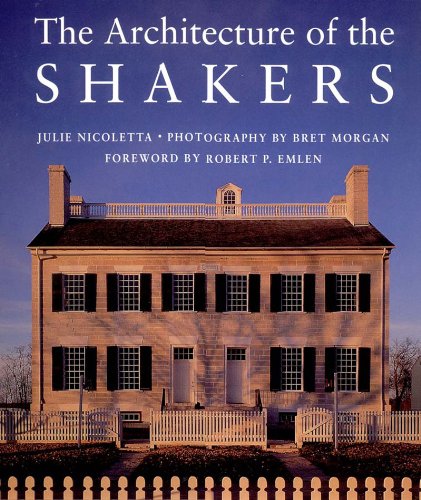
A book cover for The Architecture of the Shakers; Bret Morgan; Christian Books & Bibles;